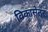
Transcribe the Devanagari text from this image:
विकासेतर